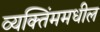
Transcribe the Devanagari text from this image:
व्यक्तिंममधील